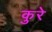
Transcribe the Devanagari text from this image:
कुरे